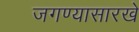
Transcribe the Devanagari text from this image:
जगण्यासारखे